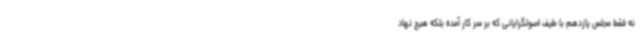
نه فقط مجلس یازدهم با طیف اصولگرایانی که بر سر کار آمده بلکه هیچ نهاد